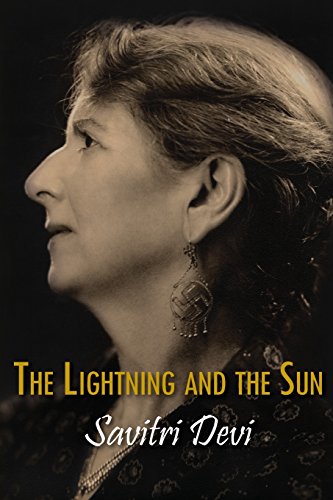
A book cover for The Lightning and the Sun (Centennial Edition of Savitri Devi's Works); Savitri Devi; Religion & Spirituality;